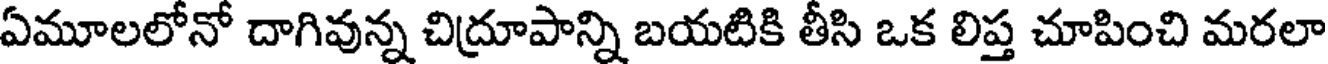
ఏమూలలోనో దాగివున్న చిద్రూపాన్ని బయటికి తీసి ఒక లిప్త చూపించి మరలా